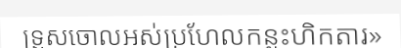
ទ្រួសចោលអស់ប្រហែលកន្លះហិកតារ»